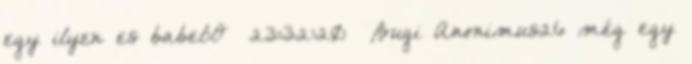
egy ilyen es babel:O 23:32:20 Bugi Anonimus26 még egy